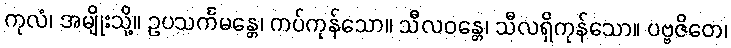
ကုလံ၊ အမျိုးသို့။ ဥပသင်္ကမန္တေ၊ ကပ်ကုန်သော။ သီလဝန္တေ၊ သီလရှိကုန်သော။ ပဗ္ဗဇိတေ၊